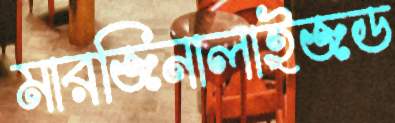
মারজিনালাইজড